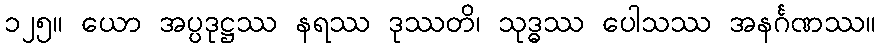
၁၂၅။ ယော အပ္ပဒုဋ္ဌဿ နရဿ ဒုဿတိ၊ သုဒ္ဓဿ ပေါသဿ အနင်္ဂဏဿ။